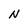
Character: N